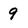
Character: 9